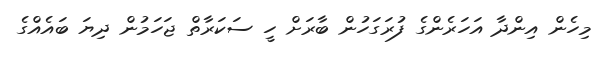
މިހެން އިންދާ އަހަރެންގެ ފުރަގަހުން ބާރަށް ހީ ސަކަރާތް ޖަހަމުން ދިޔަ ބައެއްގެ